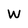
Character: w